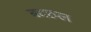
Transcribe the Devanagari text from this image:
बदरुल